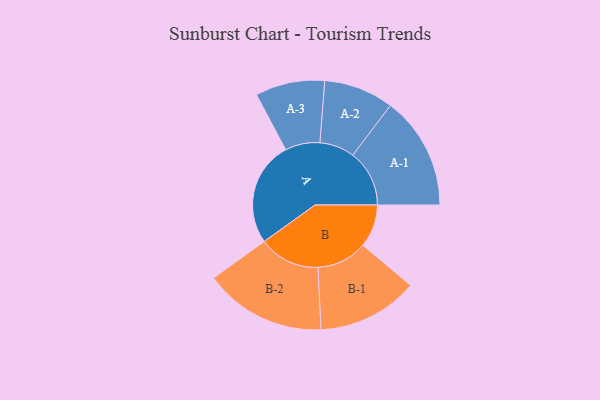
{"axis": {"x": "Segment", "y": "Value"}, "legend": ["", "A", "B"], "data": [{"x": "A", "y": 464, "type": ""}, {"x": "B", "y": 190, "type": ""}, {"x": "A-1", "y": 251, "type": "A"}, {"x": "A-2", "y": 155, "type": "A"}, {"x": "A-3", "y": 154, "type": "A"}, {"x": "B-1", "y": 224, "type": "B"}, {"x": "B-2", "y": 271, "type": "B"}]}